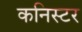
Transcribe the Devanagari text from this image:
कनिस्टर